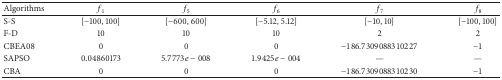
<table><thead><tr><td><b>Algorithms</b></td><td><b><i>f</i><sub>1</sub></b></td><td><b><i>f</i><sub>5</sub></b></td><td><b><i>f</i><sub>6</sub></b></td><td><b><i>f</i><sub>7</sub></b></td><td><b><i>f</i><sub>8</sub></b></td></tr></thead><tbody><tr><td>S-S</td><td>[−100, 100]</td><td>[−600, 600]</td><td>[−5.12, 5.12]</td><td>[−10, 10]</td><td>[−100, 100]</td></tr><tr><td>F-D</td><td>10</td><td>10</td><td>10</td><td>2</td><td>2</td></tr><tr><td>CBEA08</td><td>0</td><td>0</td><td>0</td><td>−186.7309088310227</td><td>−1</td></tr><tr><td>SAPSO</td><td>0.04860173</td><td>5.7773<i>e</i> − 008</td><td>1.9425<i>e</i> − 004</td><td>—</td><td>—</td></tr><tr><td>CBA</td><td>0</td><td>0</td><td>0</td><td>−186.7309088310230</td><td>−1</td></tr></tbody></table>